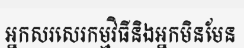
អ្នកសរសេរកម្មវិធីនិងអ្នកមិនមែន